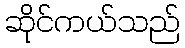
ဆိုင်ကယ်သည်